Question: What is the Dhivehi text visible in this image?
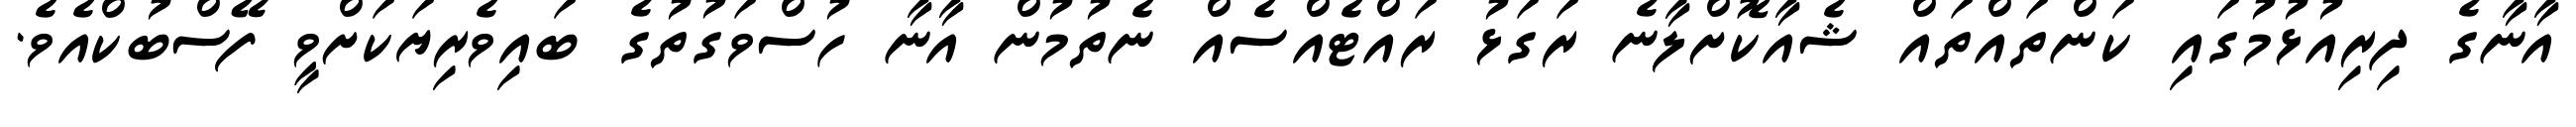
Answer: އާނާގެ ދިރިއުޅުމުގައި ކަންތައްތައް ޝެއާކޮށްލާނެ ރަގަޅު ރައްޓެއްސެއް ނެތުމުން އާނާ ހުސްވަގުތުގެ ބައިވެރިޔަކަށްވީ ފޭސްބުކްއެވެ.